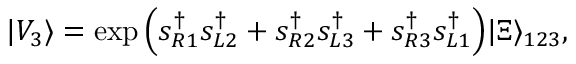
| V _ { 3 } \rangle = \exp \Big ( s _ { R 1 } ^ { \dag } s _ { L 2 } ^ { \dag } + s _ { R 2 } ^ { \dag } s _ { L 3 } ^ { \dag } + s _ { R 3 } ^ { \dag } s _ { L 1 } ^ { \dag } \Big ) | \Xi \rangle _ { 1 2 3 } ,